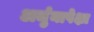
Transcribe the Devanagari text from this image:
अर्जुनापेक्षा